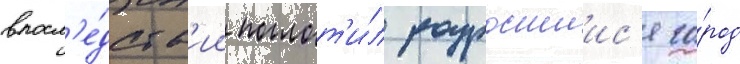
впосл'е́дств'ии поглот'и́л разросшиис'я го́род